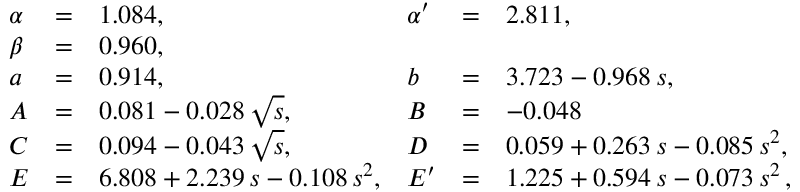
\begin{array} { l c l l c l } { { \alpha } } & { { = } } & { { 1 . 0 8 4 , } } & { { \alpha ^ { \prime } } } & { { = } } & { { 2 . 8 1 1 , } } \\ { { \beta } } & { { = } } & { { 0 . 9 6 0 , } } & { { } } & { { } } & { { } } \\ { { a } } & { { = } } & { { 0 . 9 1 4 , } } & { { b } } & { { = } } & { { 3 . 7 2 3 - 0 . 9 6 8 \, s , } } \\ { { A } } & { { = } } & { { 0 . 0 8 1 - 0 . 0 2 8 \, \sqrt { s } , } } & { { B } } & { { = } } & { { - 0 . 0 4 8 } } \\ { { C } } & { { = } } & { { 0 . 0 9 4 - 0 . 0 4 3 \, \sqrt { s } , } } & { { D } } & { { = } } & { { 0 . 0 5 9 + 0 . 2 6 3 \, s - 0 . 0 8 5 \, s ^ { 2 } , } } \\ { { E } } & { { = } } & { { 6 . 8 0 8 + 2 . 2 3 9 \, s - 0 . 1 0 8 \, s ^ { 2 } , } } & { { E ^ { \prime } } } & { { = } } & { { 1 . 2 2 5 + 0 . 5 9 4 \, s - 0 . 0 7 3 \, s ^ { 2 } \, , } } \end{array}